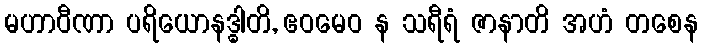
မဟာဝီဏာ ပရိယောနဒ္ဓါတိ, ဧဝမေဝ န သရီရံ ဇာနာတိ အဟံ တစေန